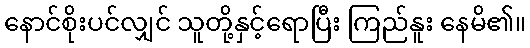
နောင်စိုးပင်လျှင် သူတို့နှင့်ရောပြီး ကြည်နူး နေမိ၏။